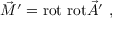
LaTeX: \vec { M } ^ { \prime } = \mathrm { r o t ~ r o t } \vec { A } ^ { \prime } ~ ,